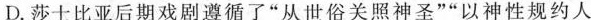
D.莎士比亚戏剧后期遵循了”从世俗关照神圣“”以神性规约人